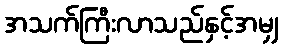
အသက်ကြီးလာသည်နှင့်အမျှ